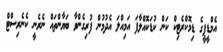
އެމްޑީޕީގެ ޑިމޮކްރެޓިކް ކަން ކުޑަކޮއްލާފަ އަމިއްލަ އެދުމުން ފުރިގެންވާ ބަޔާންތައް ނެރެނީ ކެނެރިސްޓް